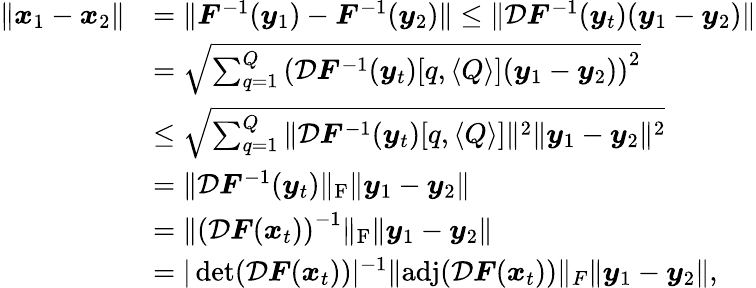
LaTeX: \begin{array}{rl}{\| \boldsymbol{x}_{1}-\boldsymbol{x}_{2}\| }&{=\| \boldsymbol{F}^{-1}(\boldsymbol{y}_{1})-\boldsymbol{F}^{-1}(\boldsymbol{y}_{2})\| \le\| \mathcal{D}\boldsymbol{F}^{-1}(\boldsymbol{y}_{t})(\boldsymbol{y}_{1}-\boldsymbol{y}_{2})\| }\\ &{=\sqrt{\sum_{q=1}^{Q}\left(\mathcal{D}\boldsymbol{F}^{-1}(\boldsymbol{y}_{t})[q,\langle Q\rangle](\boldsymbol{y}_{1}-\boldsymbol{y}_{2})\right)^{2}}}\\ &{\le\sqrt{\sum_{q=1}^{Q}\| \mathcal{D}\boldsymbol{F}^{-1}(\boldsymbol{y}_{t})[q,\langle Q\rangle]\| ^{2}\| \boldsymbol{y}_{1}-\boldsymbol{y}_{2}\| ^{2}}}\\ &{=\| \mathcal{D}\boldsymbol{F}^{-1}(\boldsymbol{y}_{t})\| _{\mathrm{F}}\| \boldsymbol{y}_{1}-\boldsymbol{y}_{2}\| }\\ &{=\| \left(\mathcal{D}\boldsymbol{F}(\boldsymbol{x}_{t})\right)^{-1}\| _{\mathrm{F}}\| \boldsymbol{y}_{1}-\boldsymbol{y}_{2}\| }\\ &{=|\operatorname*{det}(\mathcal{D}\boldsymbol{F}(\boldsymbol{x}_{t}))|^{-1}\| \mathrm{adj}(\mathcal{D}\boldsymbol{F}(\boldsymbol{x}_{t}))\| _{F}\| \boldsymbol{y}_{1}-\boldsymbol{y}_{2}\| ,}\end{array}